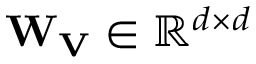
\mathbf { W _ { V } } \in \mathbb { R } ^ { d \times d }